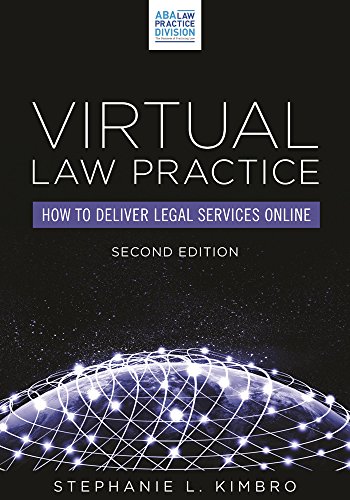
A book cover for Virtual Law Practice: How to Deliver Legal Services Online; Stephanie L. Kimbro; Law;